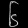
Digit: ၆